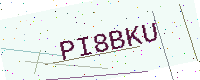
Text: PI8BKU